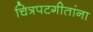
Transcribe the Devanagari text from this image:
चित्रपटगीतांना